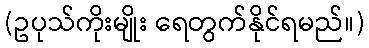
(ဥပုသ်ကိုးမျိုး ရေတွက်နိုင်ရမည်။)